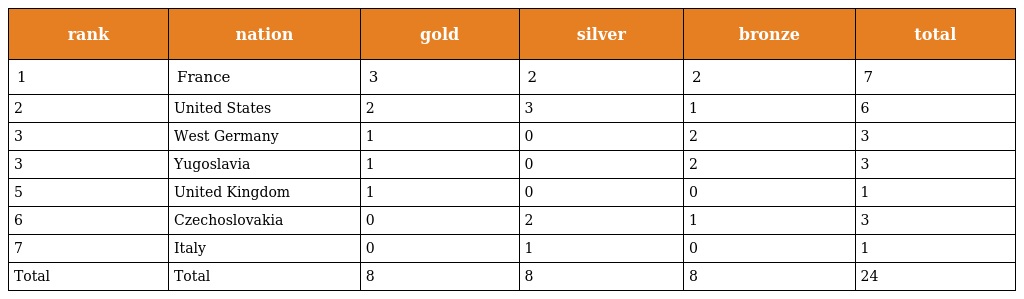
| rank | nation | gold | silver | bronze | total |
 | --- | --- | --- | --- | --- | --- |
 | 1 | France | 3 | 2 | 2 | 7 |
 | 2 | United States | 2 | 3 | 1 | 6 |
 | 3 | West Germany | 1 | 0 | 2 | 3 |
 | 3 | Yugoslavia | 1 | 0 | 2 | 3 |
 | 5 | United Kingdom | 1 | 0 | 0 | 1 |
 | 6 | Czechoslovakia | 0 | 2 | 1 | 3 |
 | 7 | Italy | 0 | 1 | 0 | 1 |
 | Total | Total | 8 | 8 | 8 | 24 |